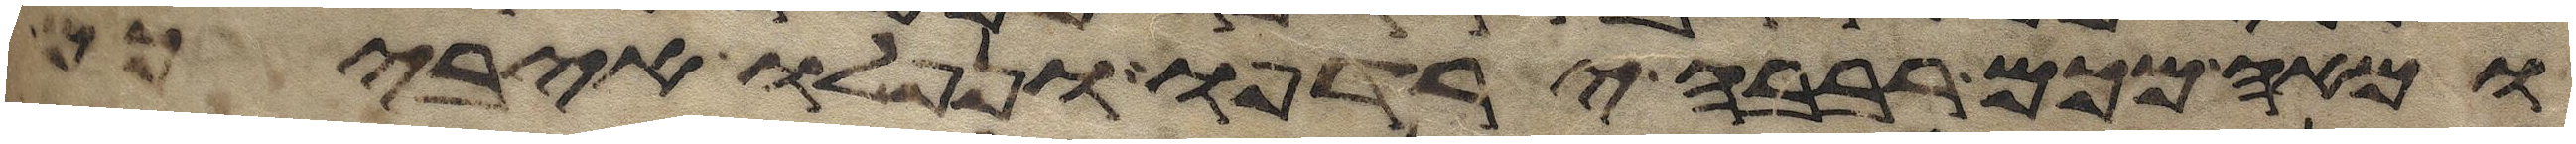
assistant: ומאה מכם רבבה ירדפו ונפלו איביכם